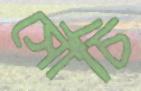
সৌচি